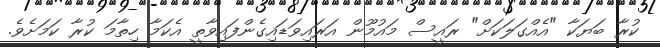
ކުރާ ބަޔަކާ "އެއްގަލަކަށް" ރައީސް މައުމޫން އަރައިވަޑައިގެންފައިވާތީ އެކަމާ ހިތާމަ ކުރާ ކަމަށެވެ.